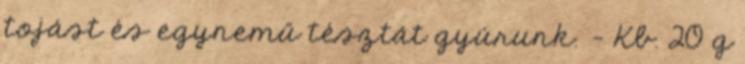
tojást és egynemű tésztát gyúrunk. - Kb. 20 g